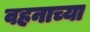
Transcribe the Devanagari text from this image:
वहनाच्या